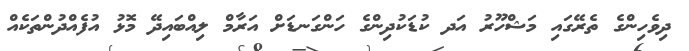
ދިވެހިންގެ ތެރޭގައި މަޝްހޫރު އަދ ކުޑަކުދިންގެ ހަންގަނޑަށް އަރާމް ލިއްބައިދޭ މޮޅު އުފެއްދުންތަކެއް